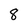
Character: 8